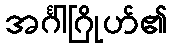
အင်္ဂါဂြိုဟ်၏